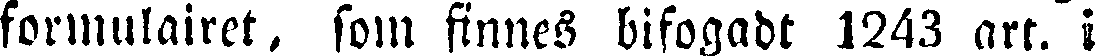
formulairet, som finnes bifogadt 1243 art. i